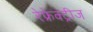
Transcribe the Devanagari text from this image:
रेफ्रेक्ट्रीज